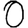
Digit: 0